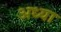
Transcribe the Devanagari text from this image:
अध्या